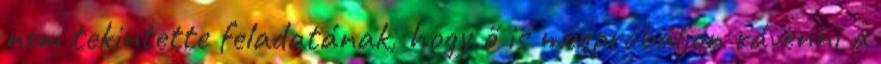
nem tekintette feladatának, hogy ő is megpró­bál­jon rávenni a